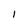
Character: I